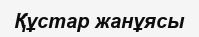
Құстар жанұясы